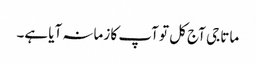
ماتا جی آج کل تو آپ کا زمانہ آیا ہے۔